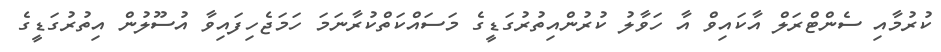
ކުރުމާއި ސެންޓްރަލް އާކައިވް އާ ހަވާލު ކުރުންއިތުރުގަޑީގެ މަސައްކަތްކުރާނަމަ ހަމަޖެހިފައިވާ އުސޫލުން އިތުރުގަޑީގެ